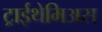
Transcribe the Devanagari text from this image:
ट्राईथेमिअस